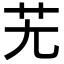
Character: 𦬍